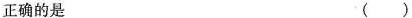
正确的是 ( )